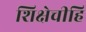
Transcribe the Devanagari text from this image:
शिक्षेचीहि